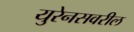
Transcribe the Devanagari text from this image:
युरेनसवरील